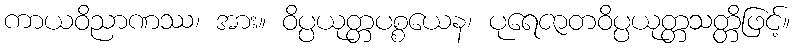
ကာယဝိညာဏဿ၊ အား။ ဝိပ္ပယုတ္တပစ္စယေန၊ ပုရေဇာတဝိပ္ပယုတ္တသတ္တိဖြင့်။